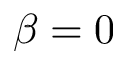
\beta = 0